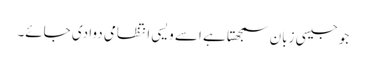
جو جیسی زبان سمجھتا ہے اسے ویسی انتظامی دوا دی جائے۔